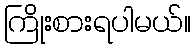
ကြိုးစားရပါမယ်။